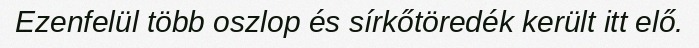
Ezenfelül több oszlop és sírkőtöredék került itt elő.